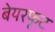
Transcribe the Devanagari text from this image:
बेयरफूट